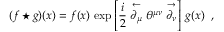
( f \star g ) ( x ) = f ( x ) \, \exp \left[ \frac { i } { 2 } \stackrel { \leftarrow } { \partial _ { \mu } } \theta ^ { \mu \nu } \stackrel { \rightarrow } { \partial _ { \nu } } \right] \, g ( x ) \, \, \, ,